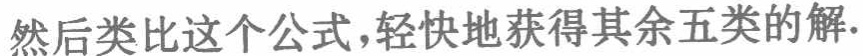
然后类比这个公式,轻快地获得其余五类的解.